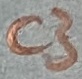
Text: C3